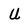
Character: U